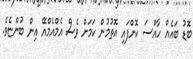
ބޮޑު ބައެއް ހާއްސަ ކޮށްފައި އޮތުމުން ކަމަށް ވެސް އެމްއެމްއޭ އިން ބުންޏެވެ.